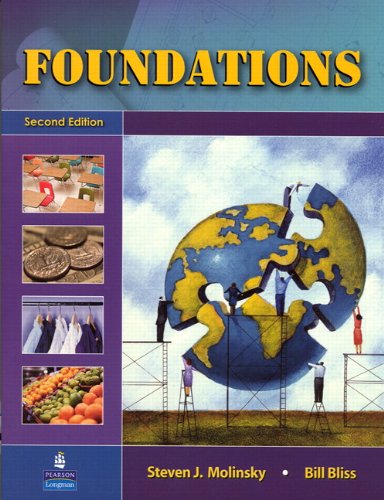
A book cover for Foundations (2nd Edition); Steven J. Molinsky; Reference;